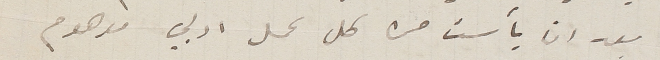
بعد ان يأست من كل عمل ادبي موهوم